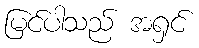
မြင်ပါသည် အရှင်